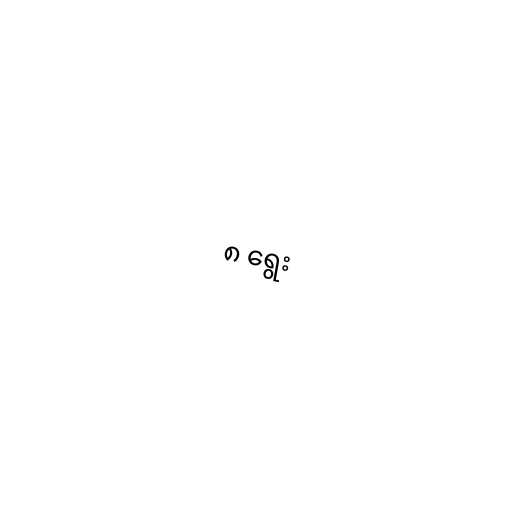
၈ ရွေး